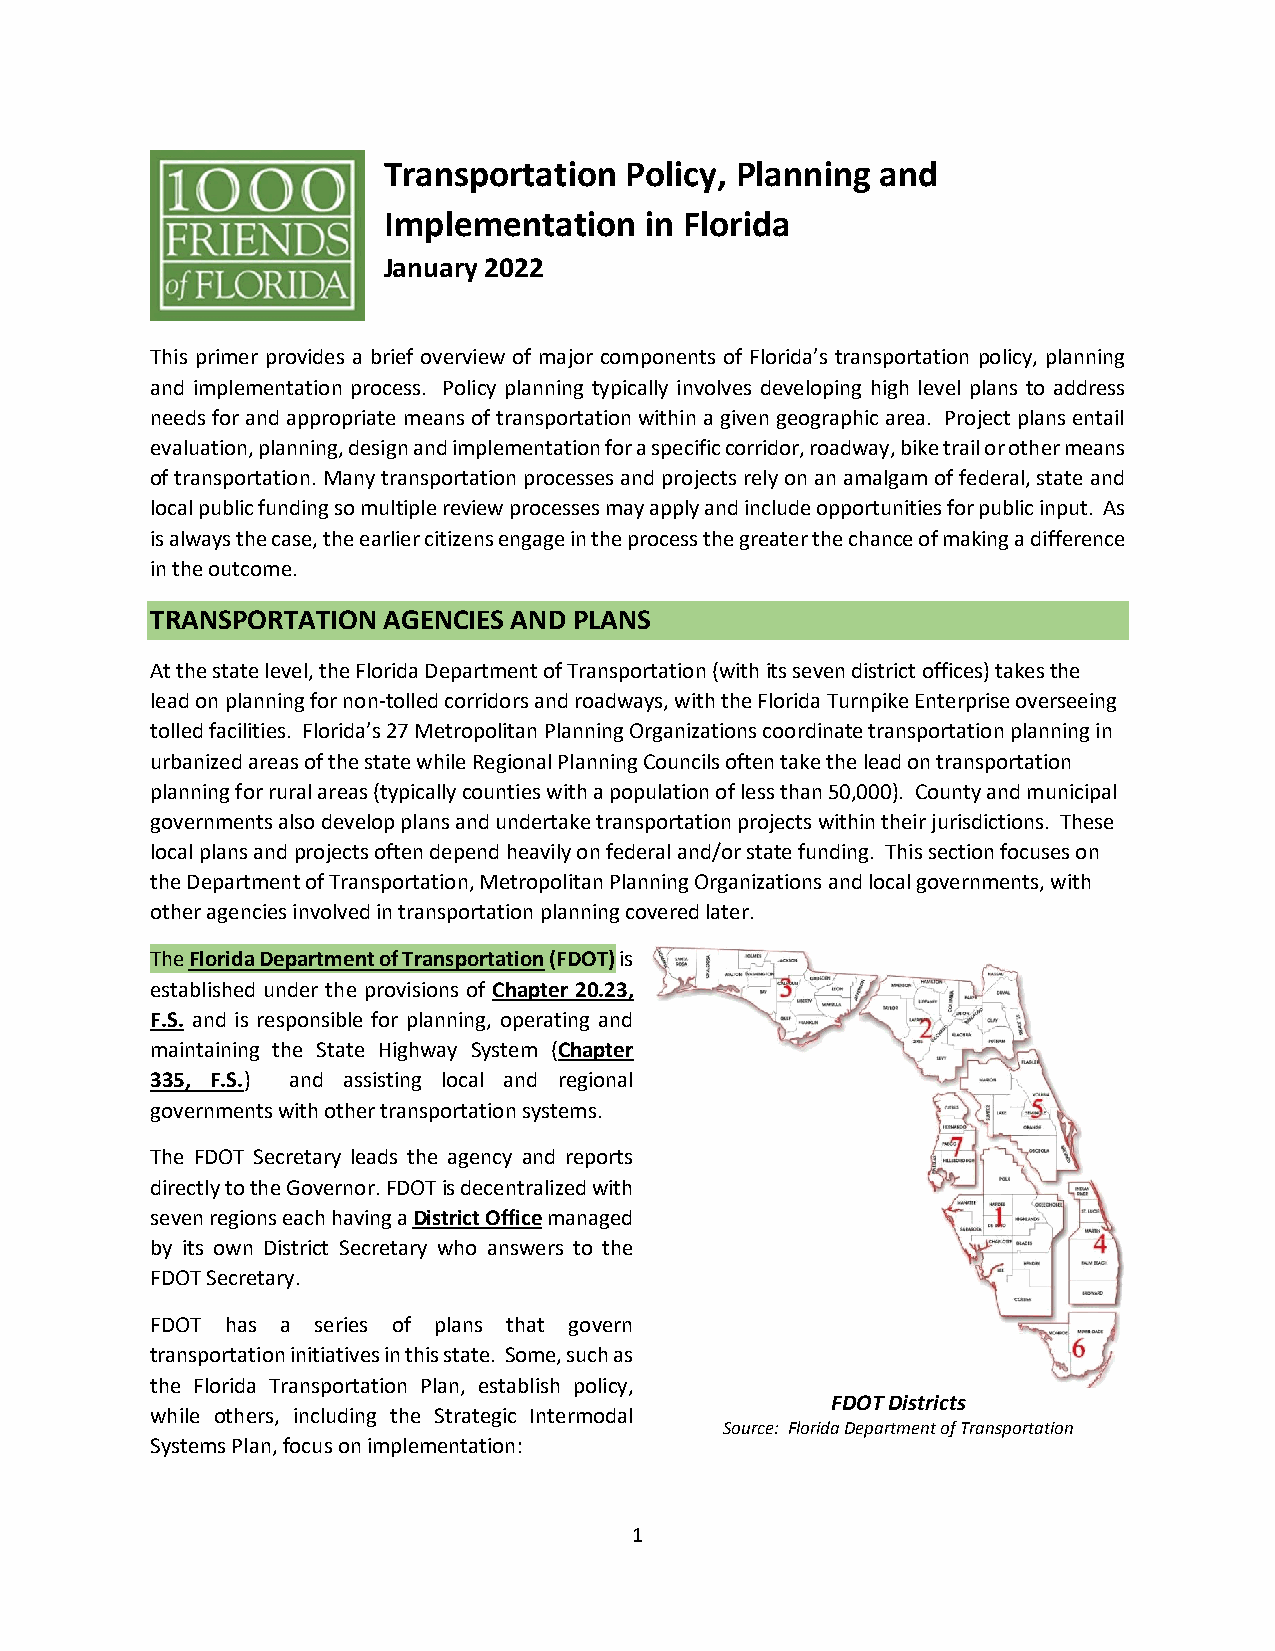
Transportation  Policy, Planning and
 Implementation    in Florida
 January 2022
 This primer provides a brief overview of major components of Florida’s transportation policy, planning
 and implementation process. Policy planning typically involves developing high level plans to address
 needs for and appropriate means of transportation within a given geographic area. Project plans entail
 evaluation, planning, design and implementation for a specific corridor, roadway, bike trail or other means
 of transportation. Many transportation processes and projects rely on an amalgam of federal, state and
 local public funding so multiple review processes may apply and include opportunities for public input. As
 is always the case, the earlier citizens engage in the process the greater the chance of making a difference
 in the outcome.
 TRANSPORTATION AGENCIES AND PLANS
 At the state level, the Florida Department of Transportation (with its seven district offices) takes the
 lead on planning for non-tolled corridors and roadways, with the Florida Turnpike Enterprise overseeing
 tolled facilities. Florida’s 27 Metropolitan Planning Organizations coordinate transportation planning in
 urbanized areas of the state while Regional Planning Councils often take the lead on transportation
 planning for rural areas (typically counties with a population of less than 50,000). County and municipal
 governments also develop plans and undertake transportation projects within their jurisdictions. These
 local plans and projects often depend heavily on federal and/or state funding. This section focuses on
 the Department of Transportation, Metropolitan Planning Organizations and local governments, with
 other agencies involved in transportation planning covered later.
 The Florida Department of Transportation (FDOT) is
 established under the provisions of Chapter 20.23,
 F.S. and is responsible for planning, operating and
 maintaining the State Highway System (Chapter
 335, F.S.) and assisting local and regional
 governments with other transportation systems.
 The FDOT Secretary leads the agency and reports
 directly to the Governor. FDOT is decentralized with
 seven regions each having a District Office managed
 by its own District Secretary who answers to the
 FDOT Secretary.
 FDOT has a series of plans that govern
 transportation initiatives in this state. Some, such as
 the Florida Transportation Plan, establish policy,
 FDOT Districts
 while others, including the Strategic Intermodal
 Source: Florida Department of Transportation
 Systems Plan, focus on implementation:
 1